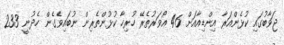
ޖަވާބުގައި ކުޅެންއަރާ އިންޑިއާއަށް 46 އޯވަރުތެރޭ ހުރިހާ ކުޅުންތެރިން ނުބައިވެގެން ހެދުނީ 233